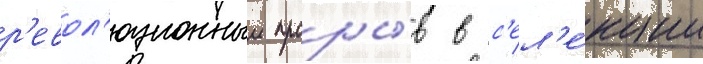
р'евол'юционныи проры́в в с'ел'е́кции